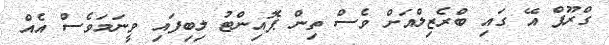
ގްރޫޕް އޭ ގައި ބްރެޒިލްއަށް ވެސް ތިން ޕޮއިންޓު ލިބިފައި ވީނަމަވެސް އެއް